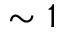
\sim 1